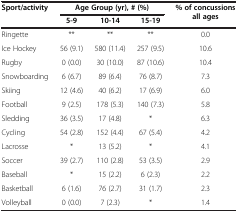
<table><thead><tr><td rowspan="2"><b>Sport/activity</b></td><td colspan="3"><b>Age Group (yr), # (%)</b></td><td rowspan="2"><b>% of concussions all ages</b></td></tr><tr><td><b>5-9</b></td><td><b>10-14</b></td><td><b>15-19</b></td></tr></thead><tbody><tr><td>Ringette</td><td>**</td><td>**</td><td>**</td><td>0.0</td></tr><tr><td>Ice Hockey</td><td>56 (9.1)</td><td>580 (11.4)</td><td>257 (9.5)</td><td>10.6</td></tr><tr><td>Rugby</td><td>0 (0.0)</td><td>30 (10.0)</td><td>87 (10.6)</td><td>10.4</td></tr><tr><td>Snowboarding</td><td>6 (6.7)</td><td>89 (6.4)</td><td>76 (8.7)</td><td>7.3</td></tr><tr><td>Skiing</td><td>12 (4.6)</td><td>40 (6.2)</td><td>17 (6.9)</td><td>6.0</td></tr><tr><td>Football</td><td>9 (2.5)</td><td>178 (5.3)</td><td>140 (7.3)</td><td>5.8</td></tr><tr><td>Sledding</td><td>36 (3.5)</td><td>17 (4.8)</td><td>*</td><td>6.3</td></tr><tr><td>Cycling</td><td>54 (2.8)</td><td>152 (4.4)</td><td>67 (5.4)</td><td>4.2</td></tr><tr><td>Lacrosse</td><td>*</td><td>13 (5.2)</td><td>*</td><td>4.1</td></tr><tr><td>Soccer</td><td>39 (2.7)</td><td>110 (2.8)</td><td>53 (3.5)</td><td>2.9</td></tr><tr><td>Baseball</td><td>*</td><td>15 (2.2)</td><td>6 (2.3)</td><td>2.2</td></tr><tr><td>Basketball</td><td>6 (1.6)</td><td>76 (2.7)</td><td>31 (1.7)</td><td>2.3</td></tr><tr><td>Volleyball</td><td>0 (0.0)</td><td>7 (2.3)</td><td>*</td><td>1.4</td></tr></tbody></table>